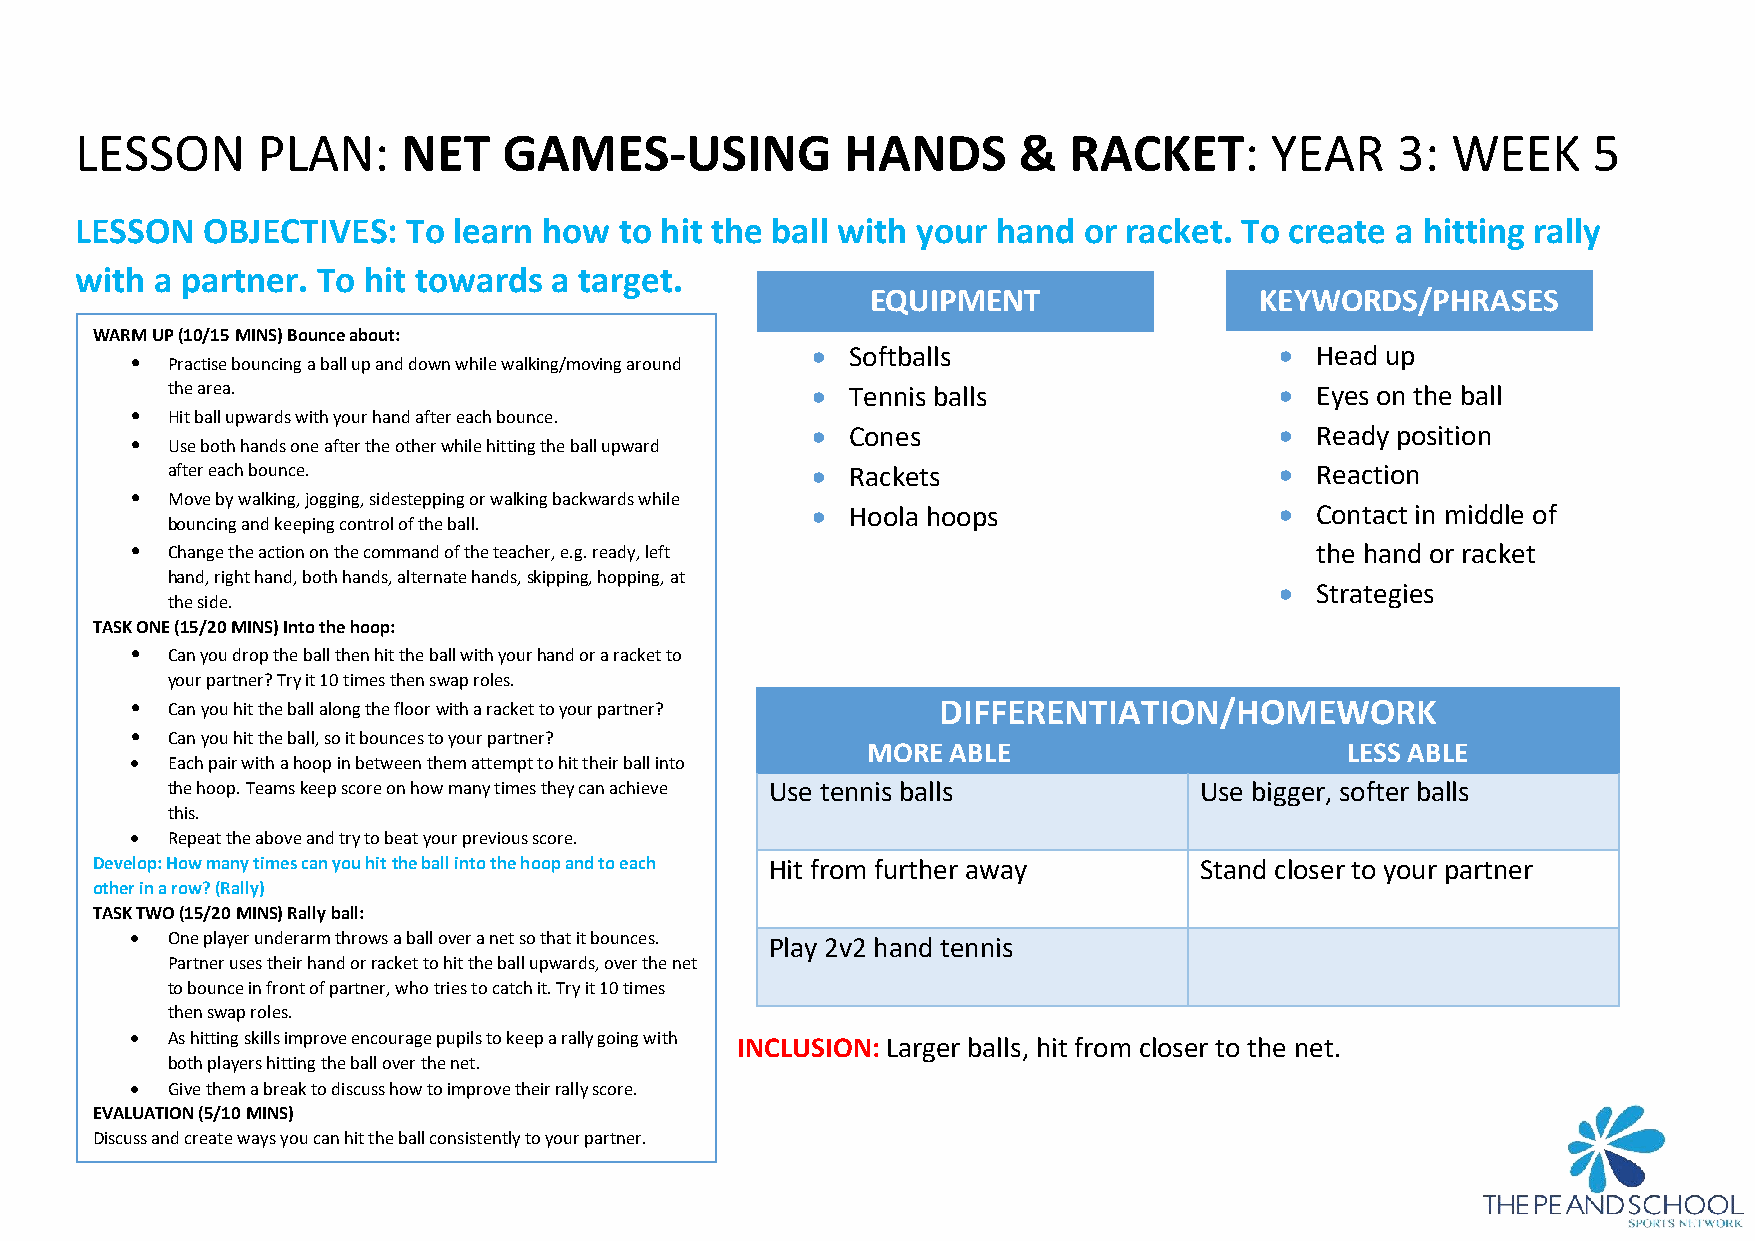
LESSON      PLAN:     NET   GAMES-USING            HANDS      &   RACKET:      YEAR    3:  WEEK     5
 LESSON  OBJECTIVES:   To learn how  to hit the ball with your hand or racket. To create a hitting rally
 with a partner. To hit towards a target.
 EQUIPMENT                KEYWORDS/PHRASES
 WARM UP (10/15 MINS) Bounce about:
 • Softballs                    • Head up
 • Practise bouncing a ball up and down while walking/moving around
 the area.                                  • Tennis balls                 • Eyes on the ball
 • Hit ball upwards with your hand after each bounce.
 • Cones                        • Ready position
 • Use both hands one after the other while hitting the ball upward
 after each bounce.                         • Rackets                      • Reaction
 • Move by walking, jogging, sidestepping or walking backwards while
 • Hoola hoops                  • Contact in middle of
 bouncing and keeping control of the ball.
 • Change the action on the command of the teacher, e.g. ready, left           the hand or racket
 hand, right hand, both hands, alternate hands, skipping, hopping, at
 • Strategies
 the side.
 TASK ONE (15/20 MINS) Into the hoop:
 • Can you drop the ball then hit the ball with your hand or a racket to
 your partner? Try it 10 times then swap roles.
 • Can you hit the ball along the floor with a racket to your partner? DIFFERENTIATION/HOMEWORK
 • Can you hit the ball, so it bounces to your partner?
 MORE  ABLE                      LESS ABLE
 • Each pair with a hoop in between them attempt to hit their ball into
 the hoop. Teams keep score on how many times they can achieve Use tennis balls Use bigger, softer balls
 this.
 • Repeat the above and try to beat your previous score.
 Develop: How many times can you hit the ball into the hoop and to each Hit from further away Stand closer to your partner
 other in a row? (Rally)
 TASK TWO (15/20 MINS) Rally ball:
 • One player underarm throws a ball over a net so that it bounces. Play 2v2 hand tennis
 Partner uses their hand or racket to hit the ball upwards, over the net
 to bounce in front of partner, who tries to catch it. Try it 10 times
 then swap roles.
 • As hitting skills improve encourage pupils to keep a rally going with INCLUSION: Larger balls, hit from closer to the net.
 both players hitting the ball over the net.
 • Give them a break to discuss how to improve their rally score.
 EVALUATION (5/10 MINS)
 Discuss and create ways you can hit the ball consistently to your partner.